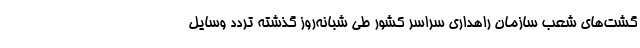
گشت‌های شعب سازمان راهداری سراسر کشور طی شبانه‌روز گذشته تردد وسایل